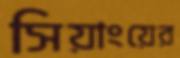
সিয়াংয়ের